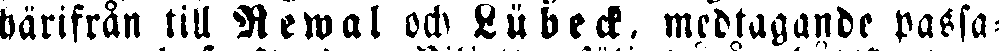
härifrån till Rewal och Lübeck, medtagande passa-